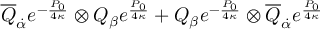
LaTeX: \overline { { { Q } } } _ { \dot { \alpha } } e ^ { - { \frac { P _ { 0 } } { 4 \kappa } } } \otimes Q _ { \beta } e ^ { \frac { P _ { 0 } } { 4 \kappa } } + Q _ { \beta } e ^ { - { \frac { P _ { 0 } } { 4 \kappa } } } \otimes \overline { { { Q } } } _ { \dot { \alpha } } e ^ { \frac { P _ { 0 } } { 4 \kappa } }